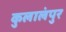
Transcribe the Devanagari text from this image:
कुलालंपुर